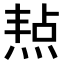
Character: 𤋒